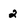
Character: 2